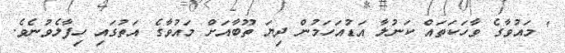
' މައުވާގެ ވާހަކަތައް ކަނުލާ އަޑުއަހަމުން ދިޔަ ތޫބާއަށް މައުވާގެ އަތުގައި ހިފާލެވުނެވެ.